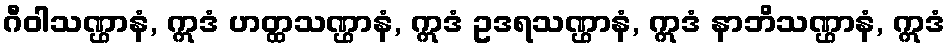
ဂီဝါသဏ္ဌာနံ, ဣဒံ ဟတ္ထသဏ္ဌာနံ, ဣဒံ ဥဒရသဏ္ဌာနံ, ဣဒံ နာဘိသဏ္ဌာနံ, ဣဒံ